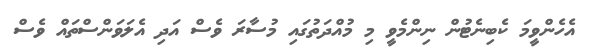
އެހެންވީމަ ކެބިނެޓުން ނިންމެވީ މި މުއްދަތުގައި މުސާރަ ވެސް އަދި އެލަވަންސްތައް ވެސް